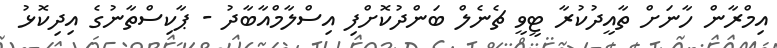
އިމްރާން ހާނަށް ތާއީދުކުރާ ޓީވީ ޗެނެލް ބަންދުކޮށްފި އިސްލާމްއާބާދު - ޕާކިސްތާނުގެ އިދިކޮޅު